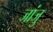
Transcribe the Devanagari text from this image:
जांजु